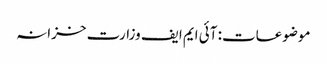
موضوعات: آئی ایم ایف وزارت خزانہ